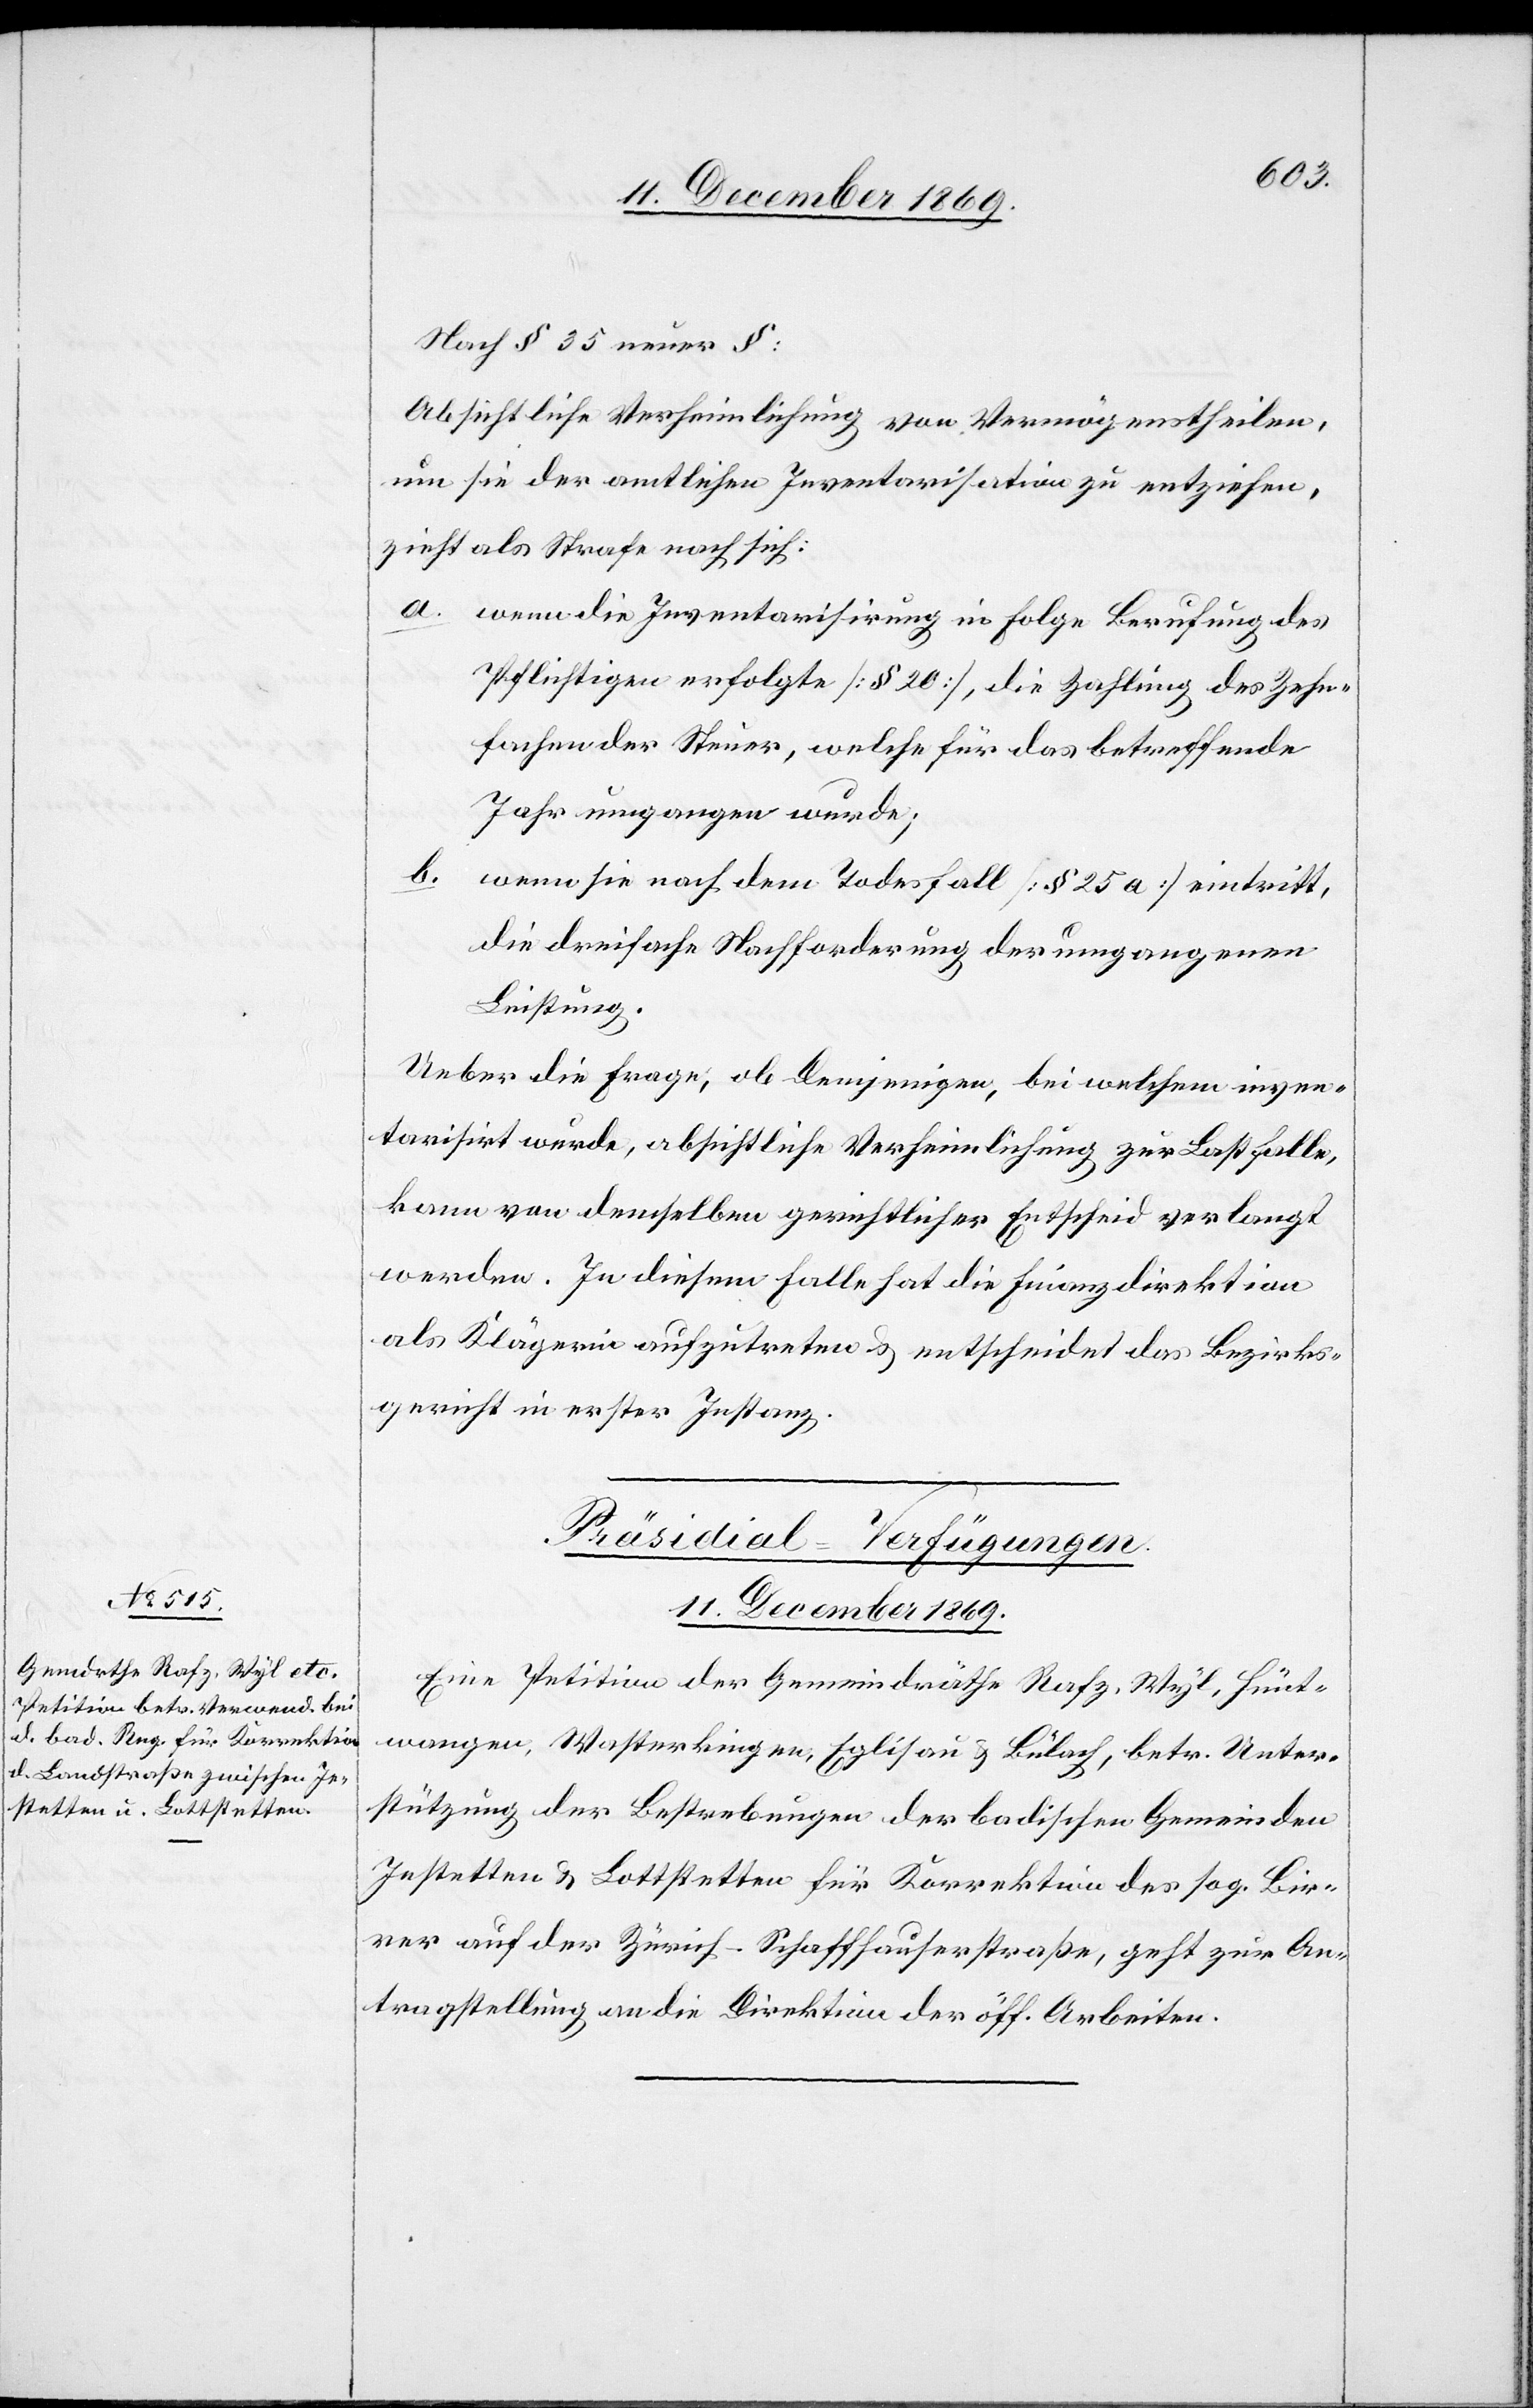
Nach § 35 neuer §:
Absichtliche Verheimlichung von Vermögenstheilen,
um sie der amtlichen Inventarisation zu entziehen,
zieht als Strafe nach sich:
wenn die Inventarisirung in Folge Berufung des
Pflichtigen erfolgte [§ 20], die Zahlung des Zehn¬
fachen der Steuer, welche für das betreffende
Jahr umgangen wurde;
wenn sie nach dem Todesfall [§ 25a] eintritt,
die dreifache Nachforderung der umgangenen
Leistung.
Ueber die Frage, ob Demjenigen, bei welchem inven¬
tarisirt wurde, absichtliche Verheimlichung zur Last falle,
kann von demselben gerichtlicher Entscheid verlangt
werden. In diesem Falle hat die Finanzdirektion
als Klägerin aufzutreten & entscheidet das Bezirks¬
gericht in erster Instanz.
Präsidial-Verfügungen.
11. December 1869.
Eine Petition der Gemeindräthe Rafz, Wyl, Hünt¬
wangen, Wasterkingen, Eglisau & Bülach, betr. Unter¬
stützung der Bestrebungen der badischen Gemeinden
Jestetten & Lottstetten für Korrektion des sog. Bir¬
rer auf der Zürich-Schaffhauserstraße, geht zur An¬
tragstellung an die Direktion der öff. Arbeiten.